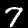
Digit: 7